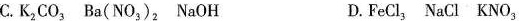
C. K_{2}CO_{3} Ba(NO_{3})_{2} NaOH D. FeCl_{3} NaCl KNO_{3}